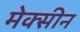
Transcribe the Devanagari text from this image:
मेक्सीन